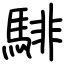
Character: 騑